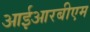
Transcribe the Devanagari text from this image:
आईआरबीएम